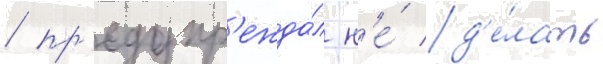
/ пр'едупр'ежда́л н'е́ д'е́лать